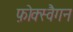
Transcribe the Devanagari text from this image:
फ़ोक्स्वैगन